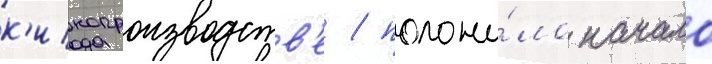
к'инопроизводств'е / положи́ло начало